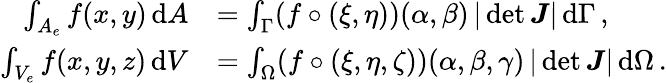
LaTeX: \begin{array}{rl}{\int_{A_{e}}f(x,y)\, \mathrm{d}A}&{=\int_{\Gamma}(f\circ(\xi,\eta))(\alpha,\beta)\, |\operatorname*{det}\boldsymbol{J}|\, \mathrm{d}\Gamma\, ,}\\ {\int_{V_{e}}f(x,y,z)\, \mathrm{d}V}&{=\int_{\Omega}(f\circ(\xi,\eta,\zeta))(\alpha,\beta,\gamma)\, |\operatorname*{det}\boldsymbol{J}|\, \mathrm{d}\Omega\, .}\end{array}